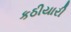
કઠીયારી